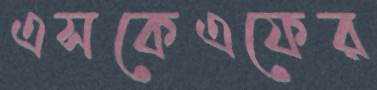
এসকেএফের